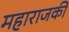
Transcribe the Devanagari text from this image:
महाराजकी